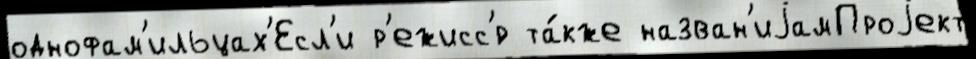
однофам'ильцах'Есл'и р'ежисс'́р та́кже назван'иjамПроjект